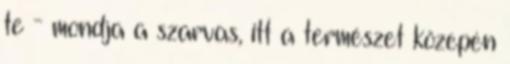
te - mondja a szarvas, itt a természet közepén